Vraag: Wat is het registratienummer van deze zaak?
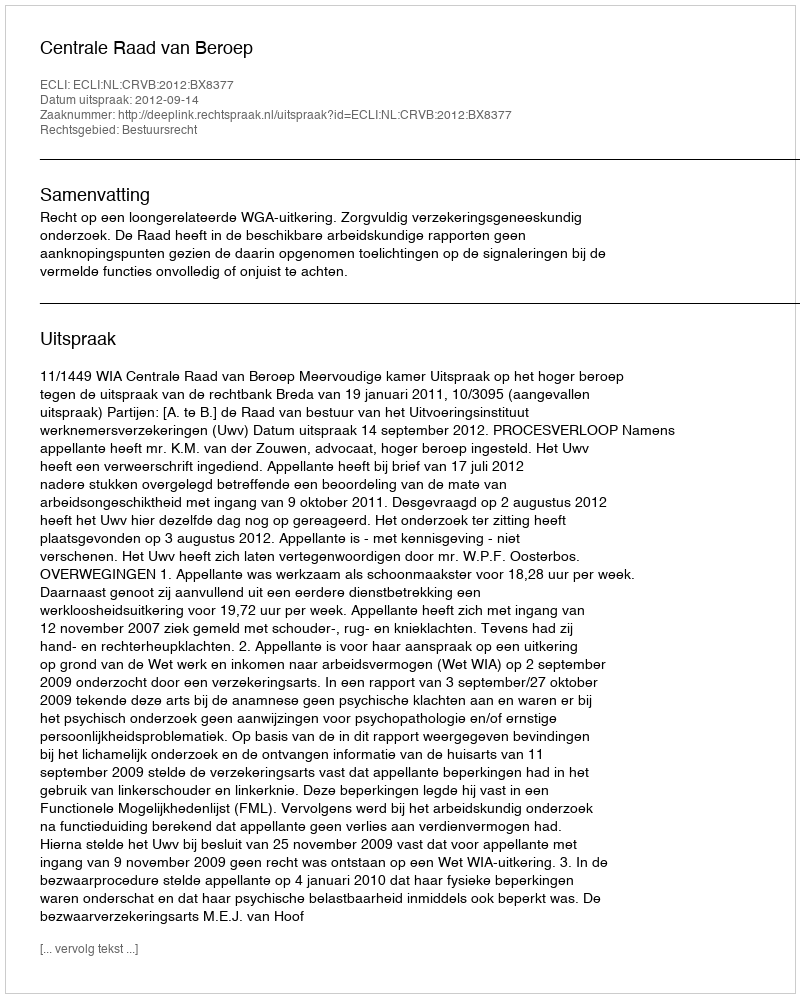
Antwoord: http://deeplink.rechtspraak.nl/uitspraak?id=ECLI:NL:CRVB:2012:BX8377